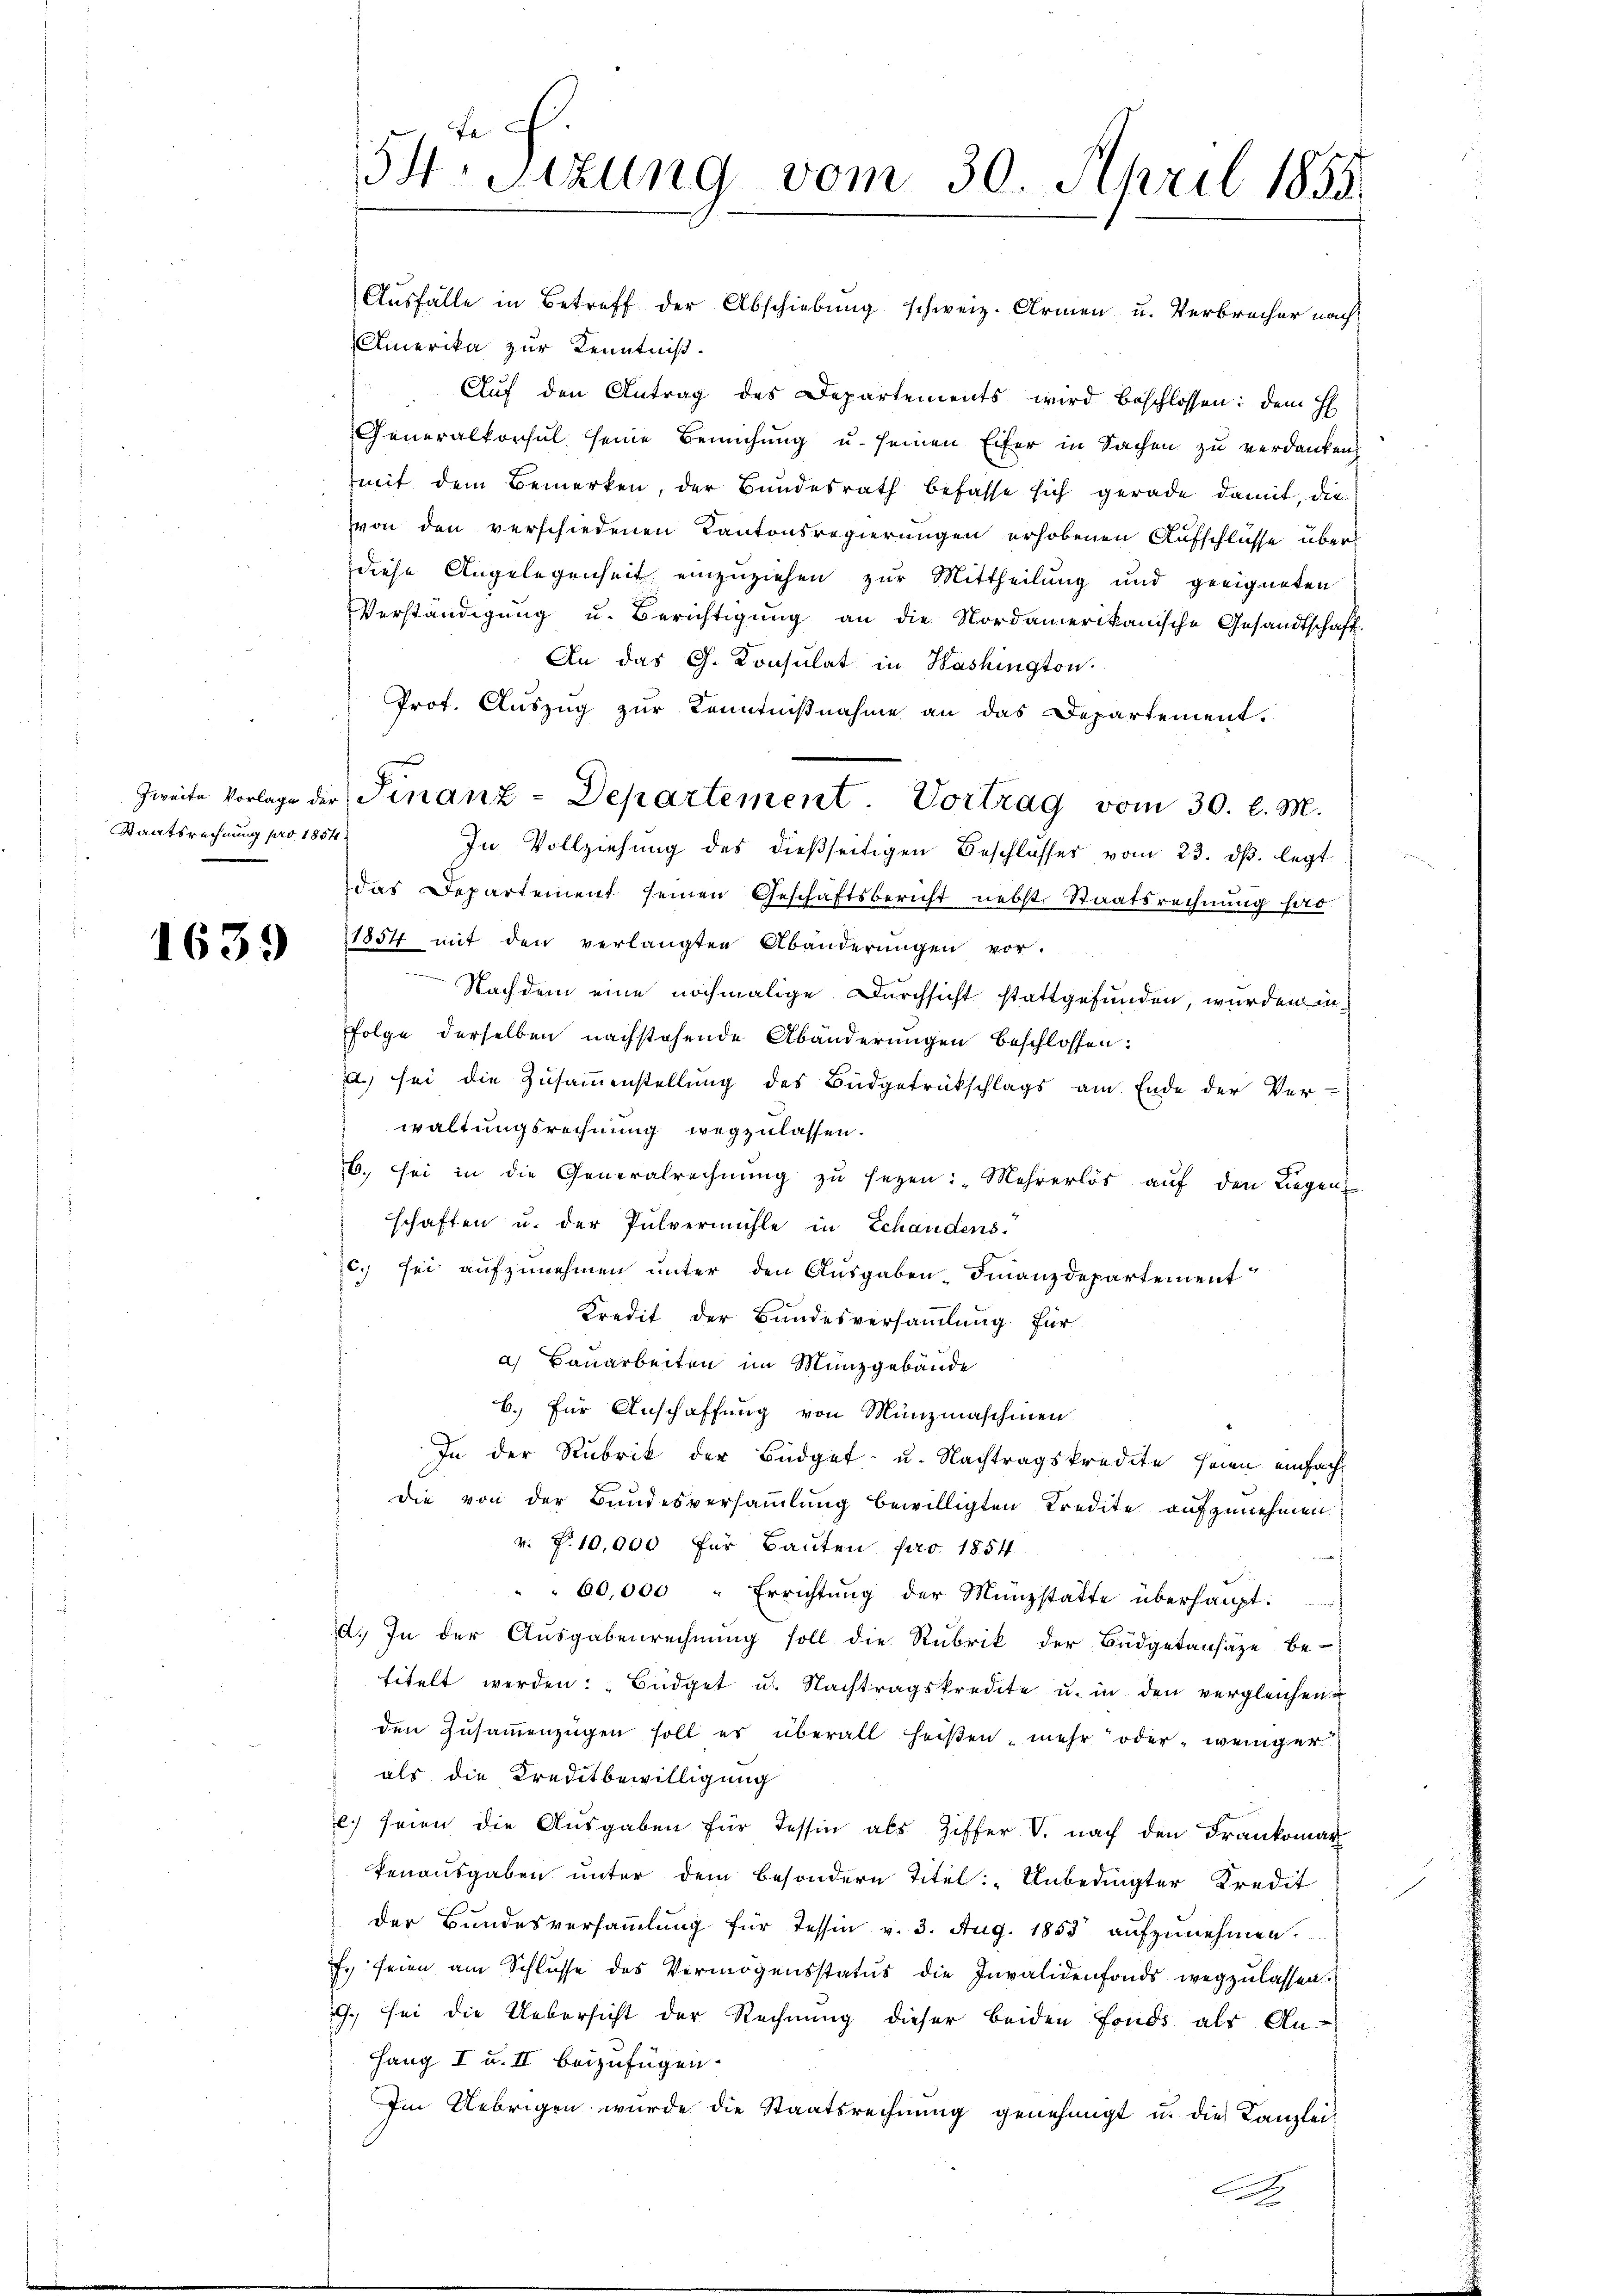
Staatsrechnung pro 1854.

1639

54. Sitzung vom 30. April 1855

Aŭsfälle in Betreff der Abschiebung schweiz. Armen u. Verbrecher nach
Amerika zur Kenntniß.
Auf den Antrag des Departements wird beschlossen: dem H
Generalkonsul seine Bemühung u. seinen Eifer in Sachen zu verdanken,
mit dem Bemerken, der Bundesrath befasse sich gerade damit, die
von den verschiedenen Kantonsregierungen erhobenen Aufschlüsse über
diese Angelegenheit einzuziehen zur Mittheilung und geeigneten
Verständigŭng u. Berichtigŭng an die Nordamerikanische Gesandtschaft.
An das Ch. Konsulat in Washington
Prot. Auszug zur Kenntnißnahme an das Departement.
In Vollziehung des dießseitigen Beschlosses vom 23. dβ. legt
das Departement seinen Geschäftsbericht nebst Staatsrechnung pro-
1854 mit den verlangten Abänderungen vor.
Nachdem eine nochmalige Durchsicht stattgefunden, wurden in
Folge derselben nachstehende Abänderungen beschlossen:
.) sei die Zusammenstellung des Büdgetrückschlags am Ende der Ver-
waltungsrechnung wegzulassen.
b. sei in die Generalrechnung zu sezen: „Mehrerlös auf den Liegens
schaften u. der Pulvermühle in Schandens.
c. sei aufzunehmen unter den Ausgaben. Finanzdepartement
Kredit der Bundesversammlung. Für
a) Bauarbeiten im Münzgebäude
b.) für Anschaffung von Münzmaschinen
In der Rubrik der Büdget- u. Nachtragskredite seien einfacht
die von der Bundesversammlung bewilligten Kredite aufzunehmen.
v. P. 10,000 für Bauten pro 1854
"60,000 " Errichtung der Münzstatte überhaupt-
a. In der Aŭsgabenrechnŭng soll die Rubrik der Büdgetansätze be-
titelt werden: "Büdget u. Nachtragskredite u. in den vergleichen
den Zusammenzügen soll es überall heißen, mehr oder weniger
als die Kreditbewilligung
e.) seien die Aŭsgaben für Tessin als Ziffer V. nach den Frankomar
tenausgaben unter dem besondern Titel: „Unbedingter Kredit
der Bundesversammlung für Tessin v. 3. Aug. 1853 aŭfzŭnehmen.
f. seien am Schlŭsse des Vermögensstatus die Invalidenfonds wegzŭlassen.
.) sei die Uebersicht der Rechnung dieser beiden Fonds als An¬
Hang I u. II beizufügen.
Im Uebrigen wurde die Staatsrechnŭng genehmigt u. die Kanzlei-
h

Zweite Vorlage der Finanz-Departement. Vortrag vom 30. l. M.